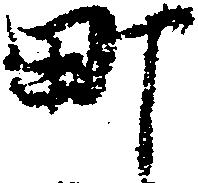
町